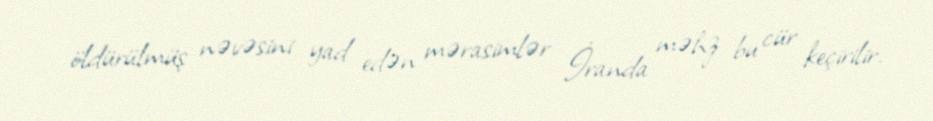
öldürülmüş nəvəsini yad edən mərasimlər İranda məhz bu cür keçirilir.